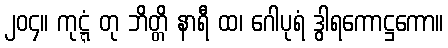
၂၀၄။ ကုဋ္ဋံ တု ဘိတ္တိ နာရီ ထ၊ ဂေါပုရံ ဒွါရကောဋ္ဌကော။